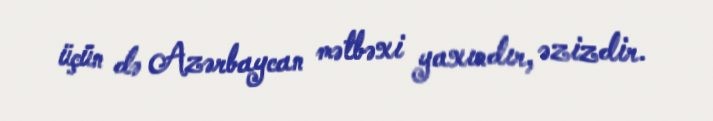
üçün də Azərbaycan mətbəxi yaxındır, əzizdir.